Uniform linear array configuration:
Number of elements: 48
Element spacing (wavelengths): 0.25
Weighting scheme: hann
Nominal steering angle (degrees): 60
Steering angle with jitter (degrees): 59.594
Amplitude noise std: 0.05
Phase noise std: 0.05

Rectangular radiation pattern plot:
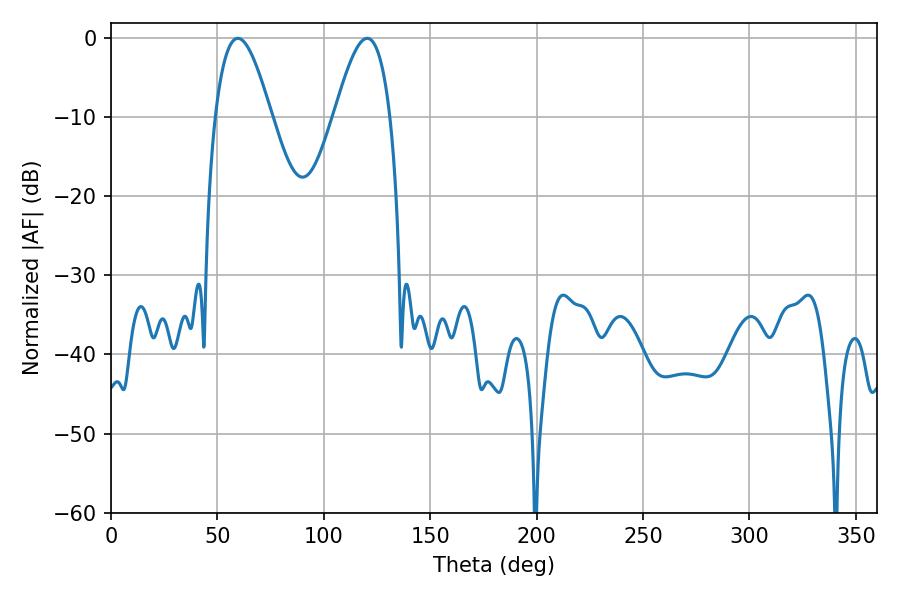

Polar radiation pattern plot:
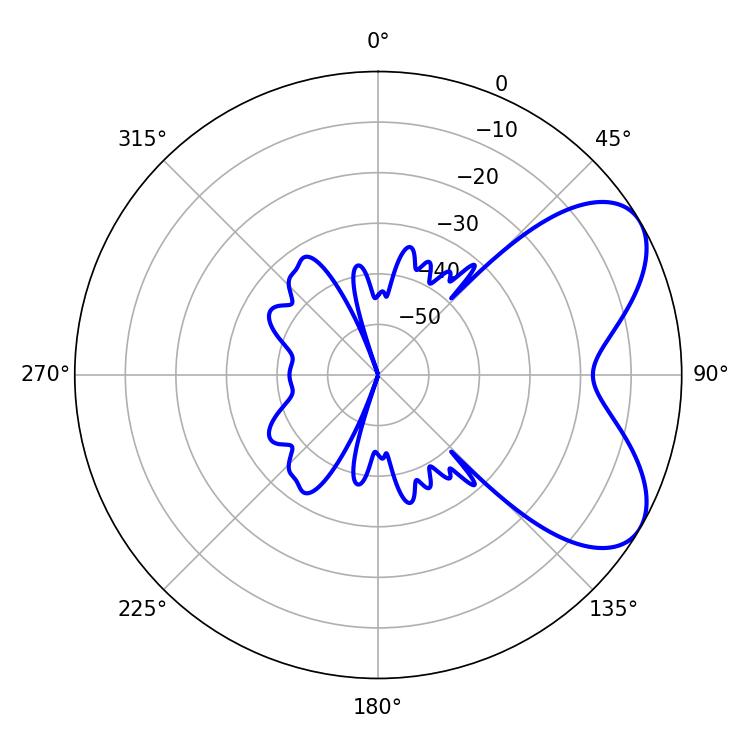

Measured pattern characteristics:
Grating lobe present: FALSE
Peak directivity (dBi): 6.209
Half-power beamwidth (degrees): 14.22
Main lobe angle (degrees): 59.58